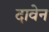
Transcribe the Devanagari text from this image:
दावेन